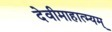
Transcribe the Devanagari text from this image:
देवीमाहात्म्यम्